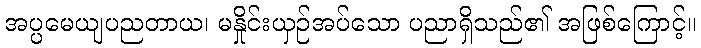
အပ္ပမေယျပညတာယ၊ မနှိုင်းယှဉ်အပ်သော ပညာရှိသည်၏ အဖြစ်ကြောင့်။